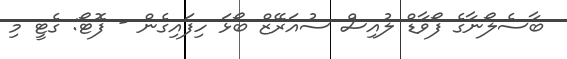
ބާސެލޯނާގެ ފޯވާޑް ލުއިސް ސުއަރޭޒް ބޯޅަ ހިފައިގެން - ފޮޓޯ: ގެޓީ މި